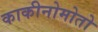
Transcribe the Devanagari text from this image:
काकीनोमोतो